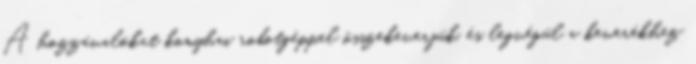
A hozzávalókat konyhai robotgéppel összekeverjük, és legvégül a keverékhez